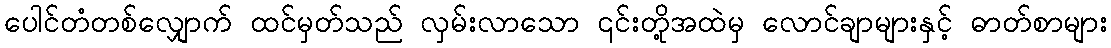
ပေါင်တံတစ်လျှောက် ထင်မှတ်သည် လှမ်းလာသော ၎င်းတို့အထဲမှ လောင်ချာများနှင့် ဓာတ်စာများ